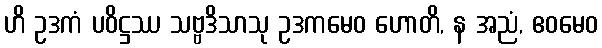
ဟိ ဥဒကံ ပဝိဋ္ဌဿ သဗ္ဗဒိသာသု ဥဒကမေဝ ဟောတိ, န အညံ, ဧဝမေဝ